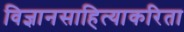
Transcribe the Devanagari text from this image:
विज्ञानसाहित्याकरिता